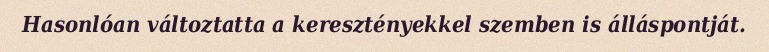
Hasonlóan változtatta a keresztényekkel szemben is álláspontját.